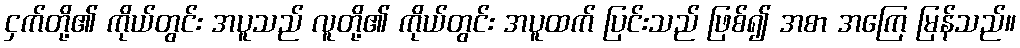
ငှက်တို့၏ ကိုယ်တွင်း အပူသည် လူတို့၏ ကိုယ်တွင်း အပူထက် ပြင်းသည် ဖြစ်၍ အစာ အကြေ မြန်သည်။